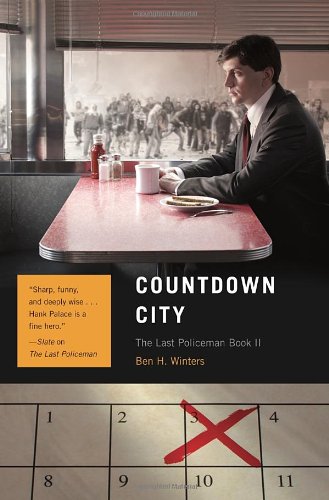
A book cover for Countdown City: The Last Policeman Book II (The Last Policeman Trilogy); Ben Winters; Science Fiction & Fantasy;